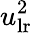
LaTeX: u_{\textrm{lr}}^{2}